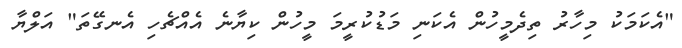
"އެކަމަކު މިހާރު ތިދެމީހުން އެކަނި މަޑުކުރީމަ މީހުން ކިޔާނެ އެއްޗެހި އެނގޭތަ" އަލްޔާ